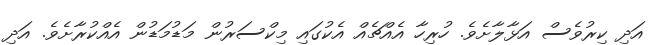
އަދި ކިރުވެސް އަޅާލާށެވެ. ހުރިހާ އެއްޗެއް އެކުގައި މިކްސަރުން މަޑުމަޑުން އެއްކުރާށެވެ. އަދި